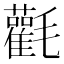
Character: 𣰻